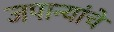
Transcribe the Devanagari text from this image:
जपान्यांचे